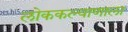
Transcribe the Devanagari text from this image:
लोककल्याणाला